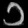
Digit: ၁